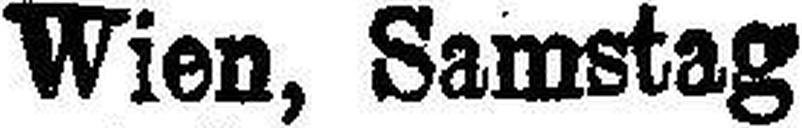
Wien, Samstag